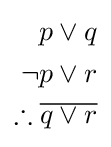
{\begin{aligned}p\vee q\\\neg p\vee r\\\therefore {\overline {q\vee r}}\\\end{aligned}}